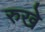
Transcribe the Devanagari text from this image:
रुखे